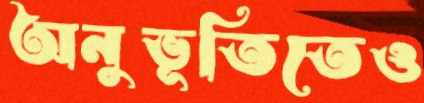
অনুভূতিতেও